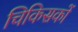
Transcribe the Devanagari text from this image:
चिकिसकों